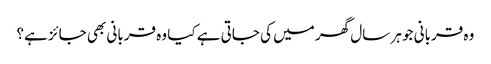
وہ قربانی جو ہر سال گھر میں کی جاتی ہے کیا وہ قربانی بھی جائز ہے؟